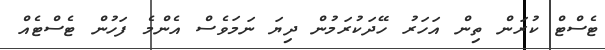
ޓެސްޓް ކުރަން ތިން އަހަރު ހޭދަކުރަމުން ދިޔަ ނަމަވެސް އެންމެ ފަހުން ޓެސްޓެއް